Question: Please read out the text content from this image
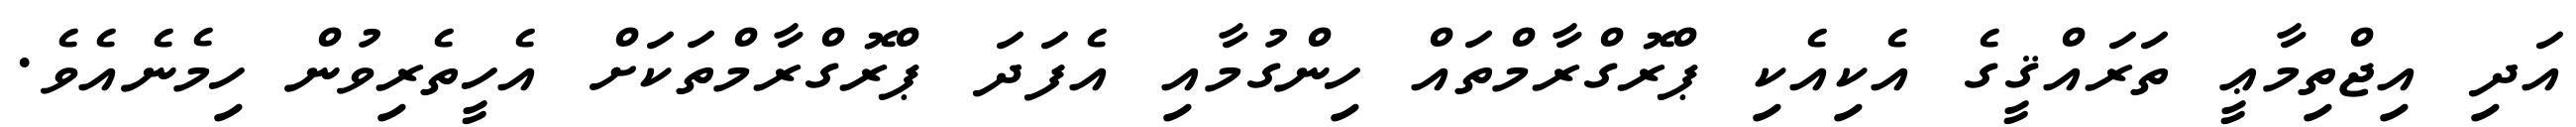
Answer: އަދި އިޖްތިމާޢީ ތަރައްޤީގެ އެކިއެކި ޕްރޮގްރާމްތައް ހިންގުމާއި އެފަދަ ޕްރޮގްރާމްތަކަށް އެހީތެރިވުން ހިމެނެއެވެ.